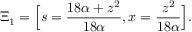
\Xi _ { 1 } = \Big [ s = \frac { 1 8 \alpha + z ^ { 2 } } { 1 8 \alpha } , x = \frac { z ^ { 2 } } { 1 8 \alpha } \Big ] .